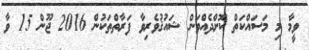
ވީމާ މި މަސައްކަތް ކޮށްދެއްވަން ޝައުޤުވެރިވާ ފަރާތްތަކުން 2016 ޖޫން 15 ވާ